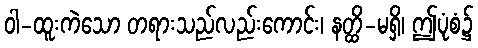
ဝါ-ထူးကဲသော တရားသည်လည်းကောင်း၊ နတ္ထိ-မရှိ၊ ဤပုံစံ၌